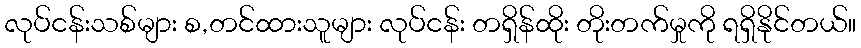
လုပ်ငန်းသစ်များ စ,တင်ထားသူများ လုပ်ငန်း တရှိန်ထိုး တိုးတက်မှုကို ရရှိနိုင်တယ်။